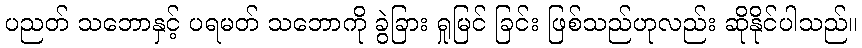
ပညတ် သဘောနှင့် ပရမတ် သဘောကို ခွဲခြား ရှုမြင် ခြင်း ဖြစ်သည်ဟုလည်း ဆိုနိုင်ပါသည်။